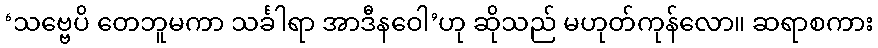
‘သဗ္ဗေပိ တေဘူမကာ သင်္ခါရာ အာဒီနဝေါ’ဟု ဆိုသည် မဟုတ်ကုန်လော။ ဆရာစကား